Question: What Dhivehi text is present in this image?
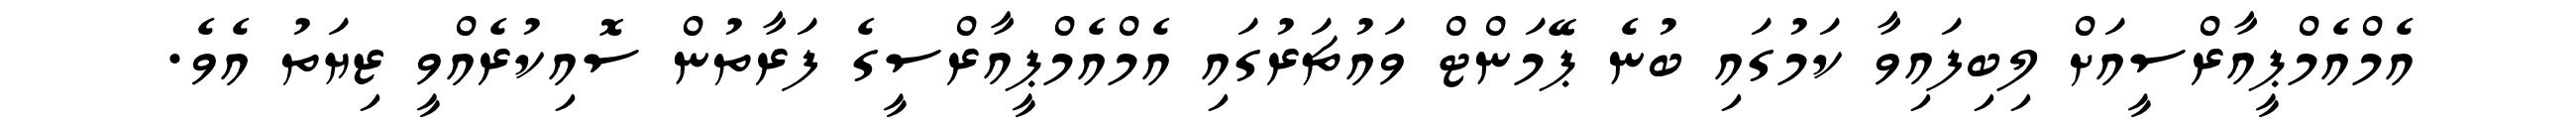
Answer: އެމްއެމްޕީއާރްސީއަށް ލިބިފައިވާ ކަމުގައި ބުނެ ޕޭމަންޓް ވައުޗަރުގައި އެމްއެމްޕީއާރްސީގެ ފަރާތުން ސޮއިކުރެއްވީ ޒިޔަތު އެވެ.